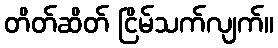
တိတ်ဆိတ် ငြိမ်သက်လျက်။